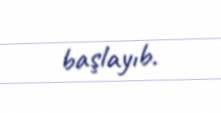
başlayıb.